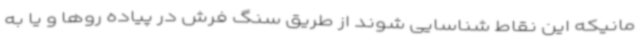
مانیکه این نقاط شناسایی شوند از طریق سنگ فرش در پیاده روها و یا به